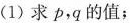
(1)求p，q的值；